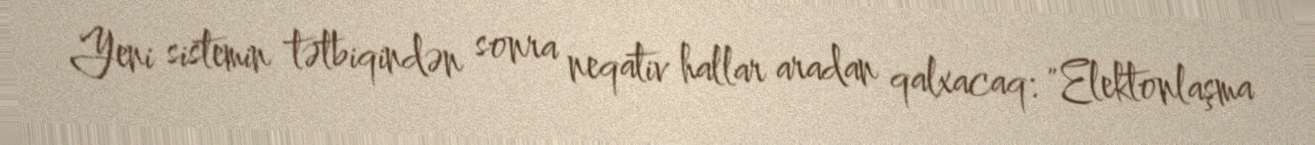
Yeni sistemin tətbiqindən sonra neqativ hallar aradan qalxacaq: "Elektonlaşma